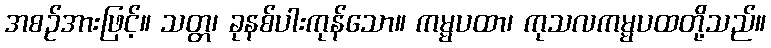
အစဉ်အားဖြင့်။ သတ္တ၊ ခုနစ်ပါးကုန်သော။ ကမ္မပထာ၊ ကုသလကမ္မပထတို့သည်။